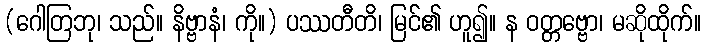
(ဂေါတြဘု၊ သည်။ နိဗ္ဗာနံ၊ ကို။) ပဿတီတိ၊ မြင်၏ ဟူ၍။ န ဝတ္တဗ္ဗော၊ မဆိုထိုက်။